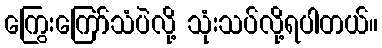
ကြွေးကြော်သံပဲလို့ သုံးသပ်လို့ရပါတယ်။